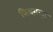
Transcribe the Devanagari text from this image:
बिलग़रज़